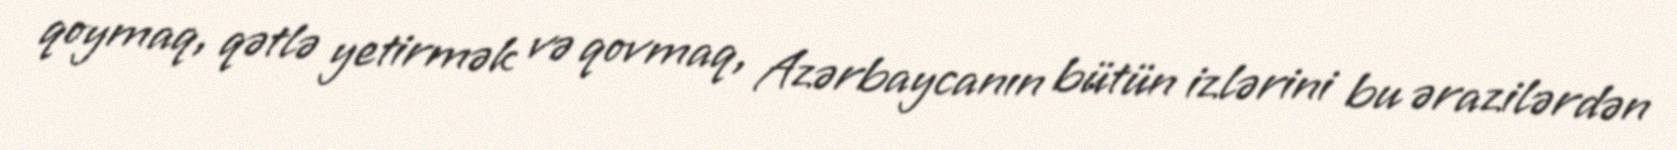
qoymaq, qətlə yetirmək və qovmaq, Azərbaycanın bütün izlərini bu ərazilərdən